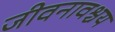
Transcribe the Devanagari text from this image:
जीवनावश्चय